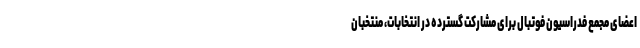
اعضای مجمع فدراسیون فوتبال برای مشارکت گسترده در انتخابات، منتخبان